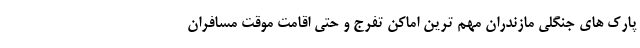
پارک های جنگلی مازندران مهم ترین اماکن تفرج و حتی اقامت موقت مسافران